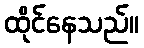
ထိုင်နေသည်။